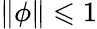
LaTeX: \| \phi\| \leqslant 1